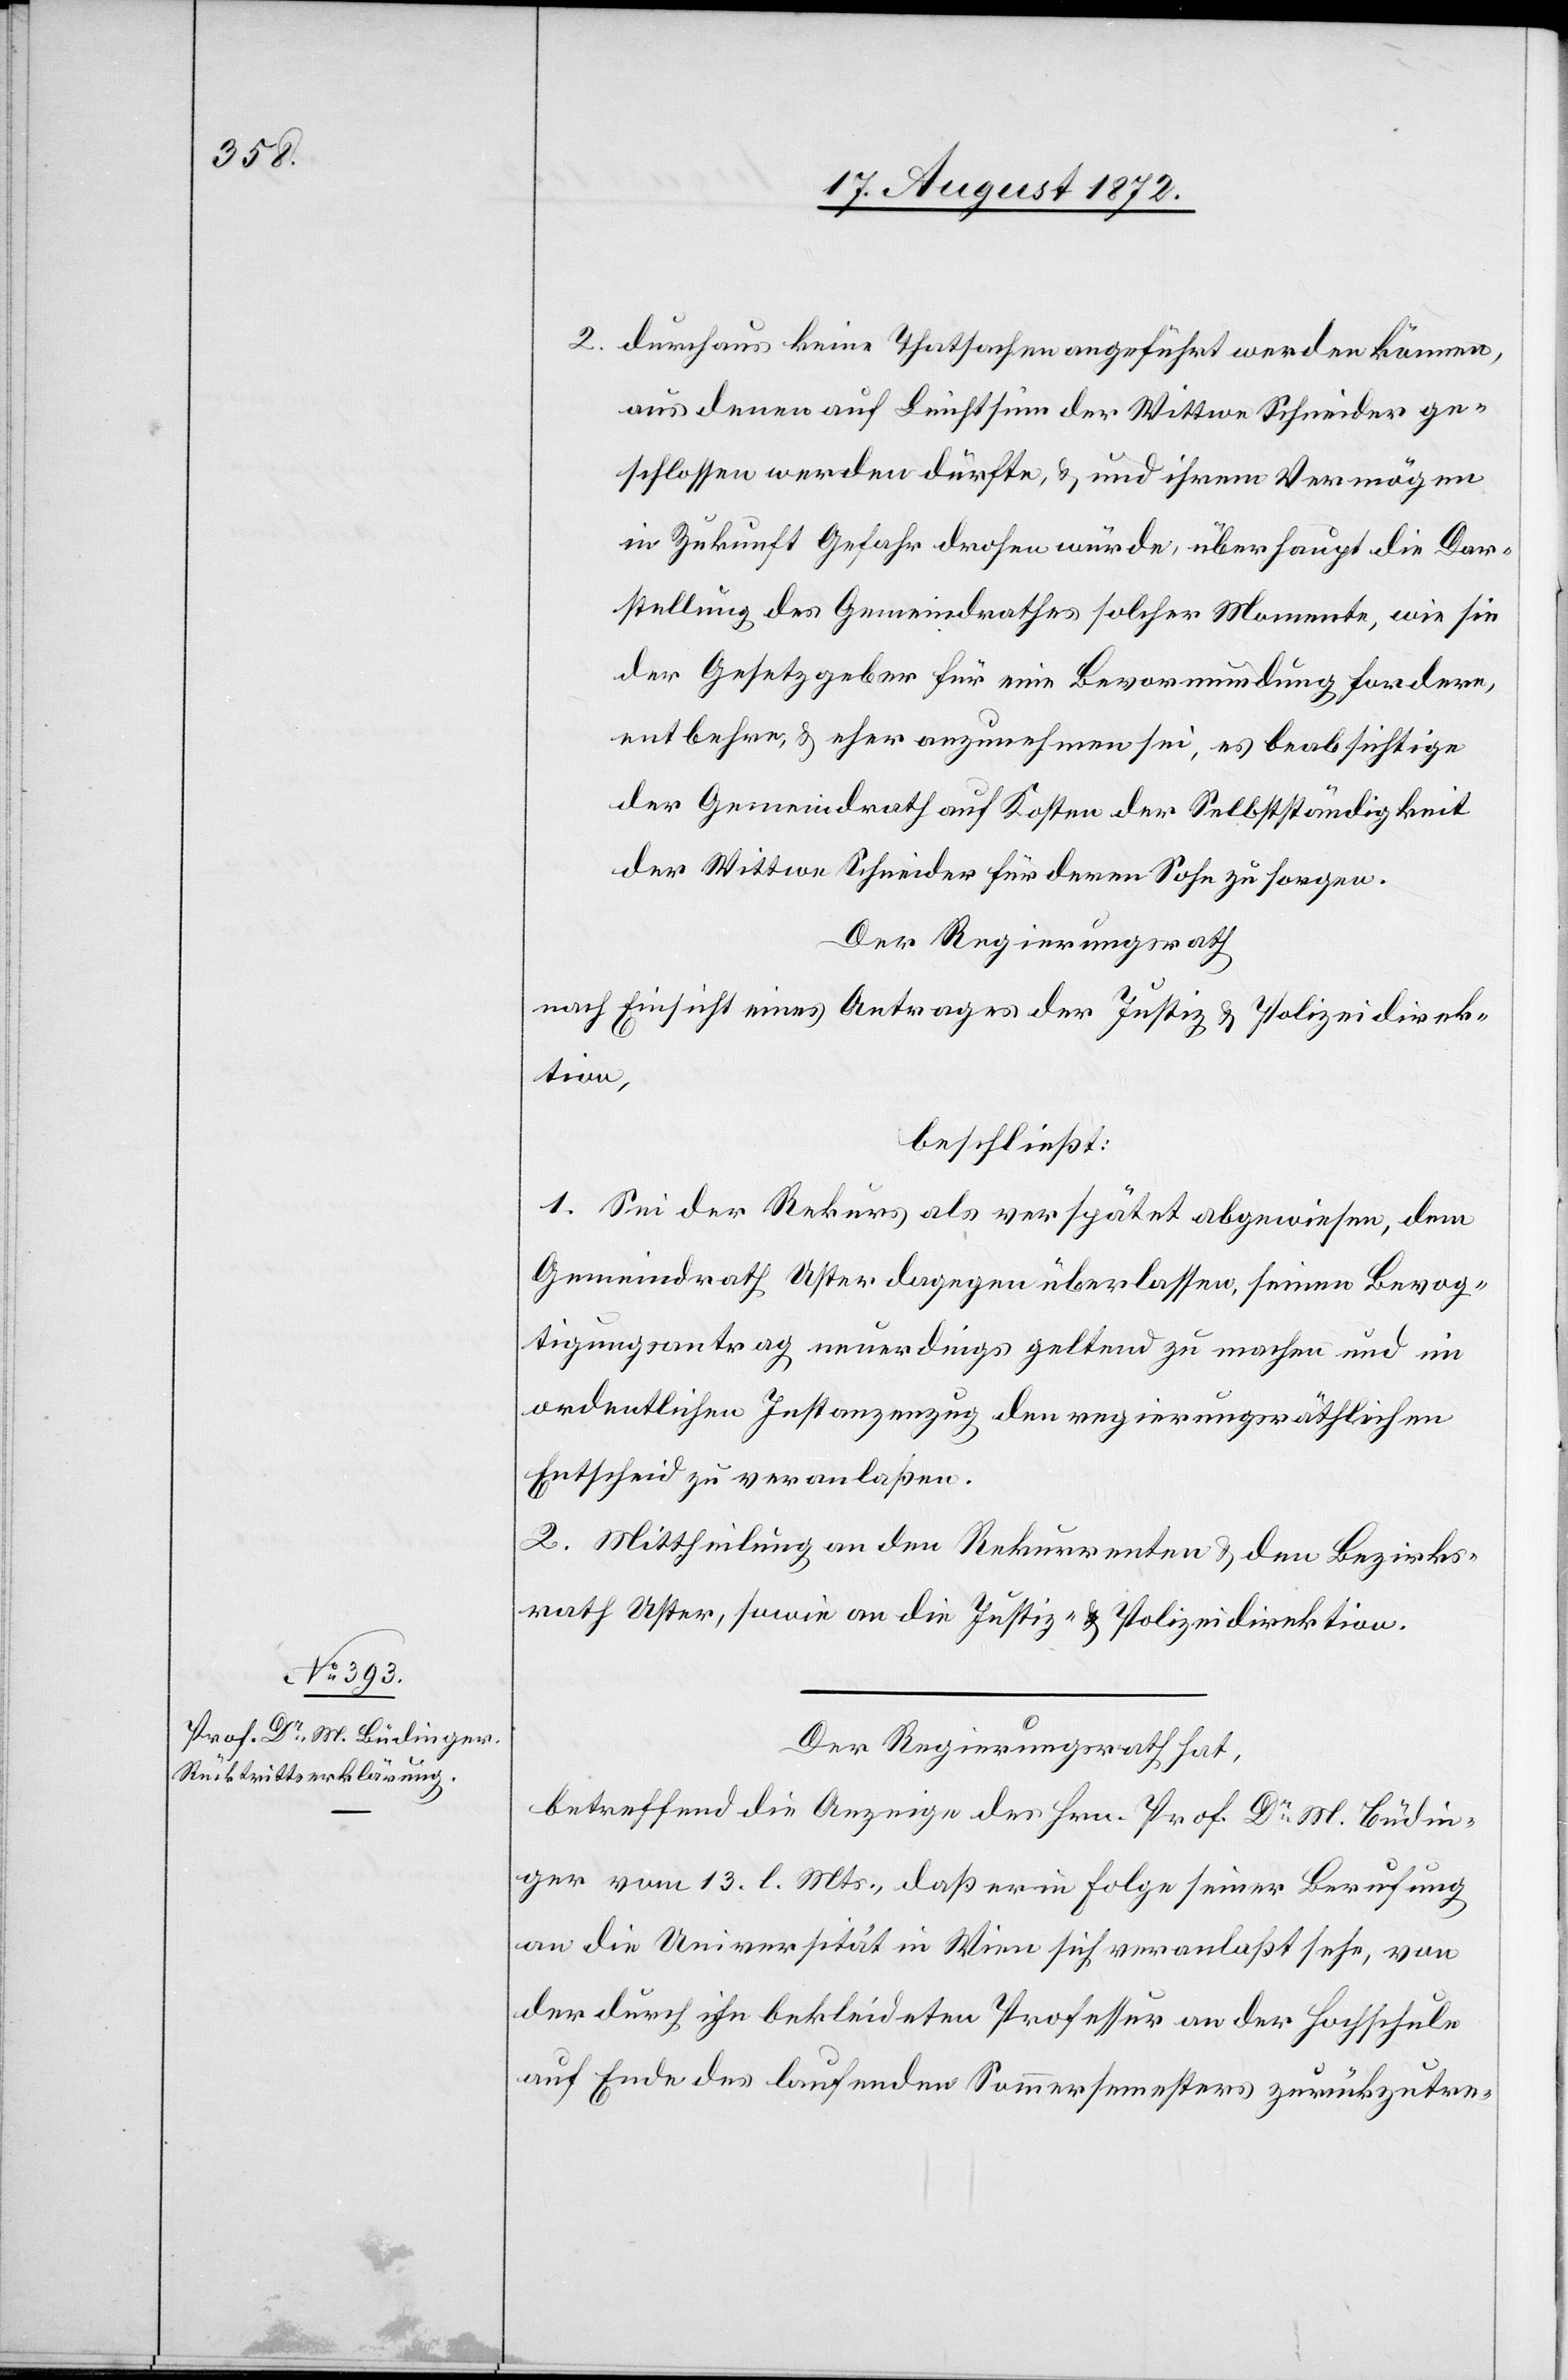
2. durchaus keine Thatsachen angeführt werden können,
aus denen auf Leichtsinn der Wittwe Schneider ge¬
schlossen werden dürfte, u. und [sic!] ihrem Vermögen
in Zukunft Gefahr drohen würde, überhaupt die Dar¬
stellung des Gemeindrathes solcher Momente, wie sie
der Gesetzgeber für eine Bevormundung fordern,
entbehre, u. eher anzunehmen sei, es beabsichtige
der Gemeindrath auf Kosten der Selbstständigkeit
der Wittwe Schneider für deren Sohn zu sorgen.
Der Regierungsrath
nach Einsicht eines Antrages der Justiz- u. Polizeidirek¬
tion,
beschließt:
1. Sei der Rekurs als verspätet abgewiesen, dem
Gemeindrath Uster dagegen überlassen, seinen Bevog¬
tigungsantrag neuerdings geltend zu machen und im
ordentlichen Instanzenzug den regierungsräthlichen
Entscheid zu veranlaßen.
2. Mittheilung an den Rekurrenten u. den Bezirks¬
rath Uster, sowie an die Justiz- u. Polizeidirektion.
Der Regierungsrath hat,
betreffend die Anzeige des Hrn. Prof. Dr M. Büdin¬
ger vom 13. l. Mts., daß er in Folge seiner Berufung
an die Universität in Wien sich veranlaßt sehe, von
der durch ihn bekleideten Professur an der Hochschule
auf Ende des laufenden Sommersemesters zurückzutre-